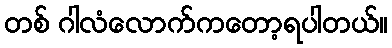
တစ် ဂါလံလောက်ကတော့ရပါတယ်။